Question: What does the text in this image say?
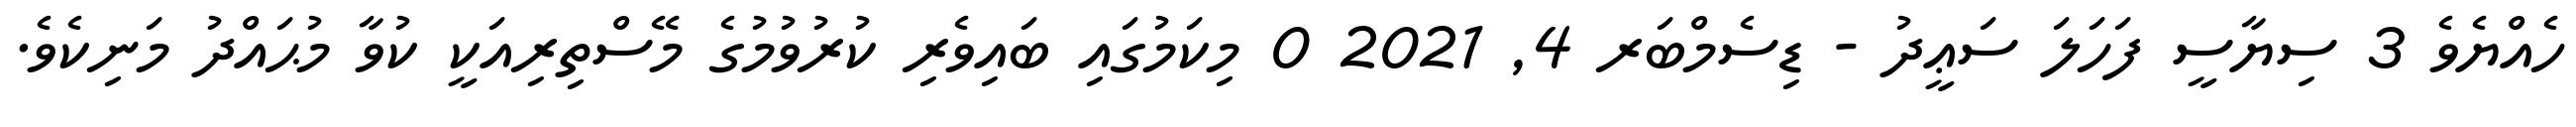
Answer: ހެއްޔެވެ 3 ސިޔާސީ ފަހަލަ ސަޢީދު - ޑިސެމްބަރ 4, 2021 0 މިކަމުގައި ބައިވެރި ކުރުވުމުގެ މޭސްތިރިއަކީ ކުވާ މުޙައްދު މަނިކެވެ.